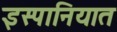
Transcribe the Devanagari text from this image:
इस्पानियात